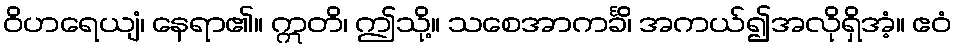
ဝိဟရေယျံ၊ နေရာ၏။ ဣတိ၊ ဤသို့။ သစေအာကင်္ခိ၊ အကယ်၍အလိုရှိအံ့။ ဧဝံ